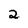
Character: 2